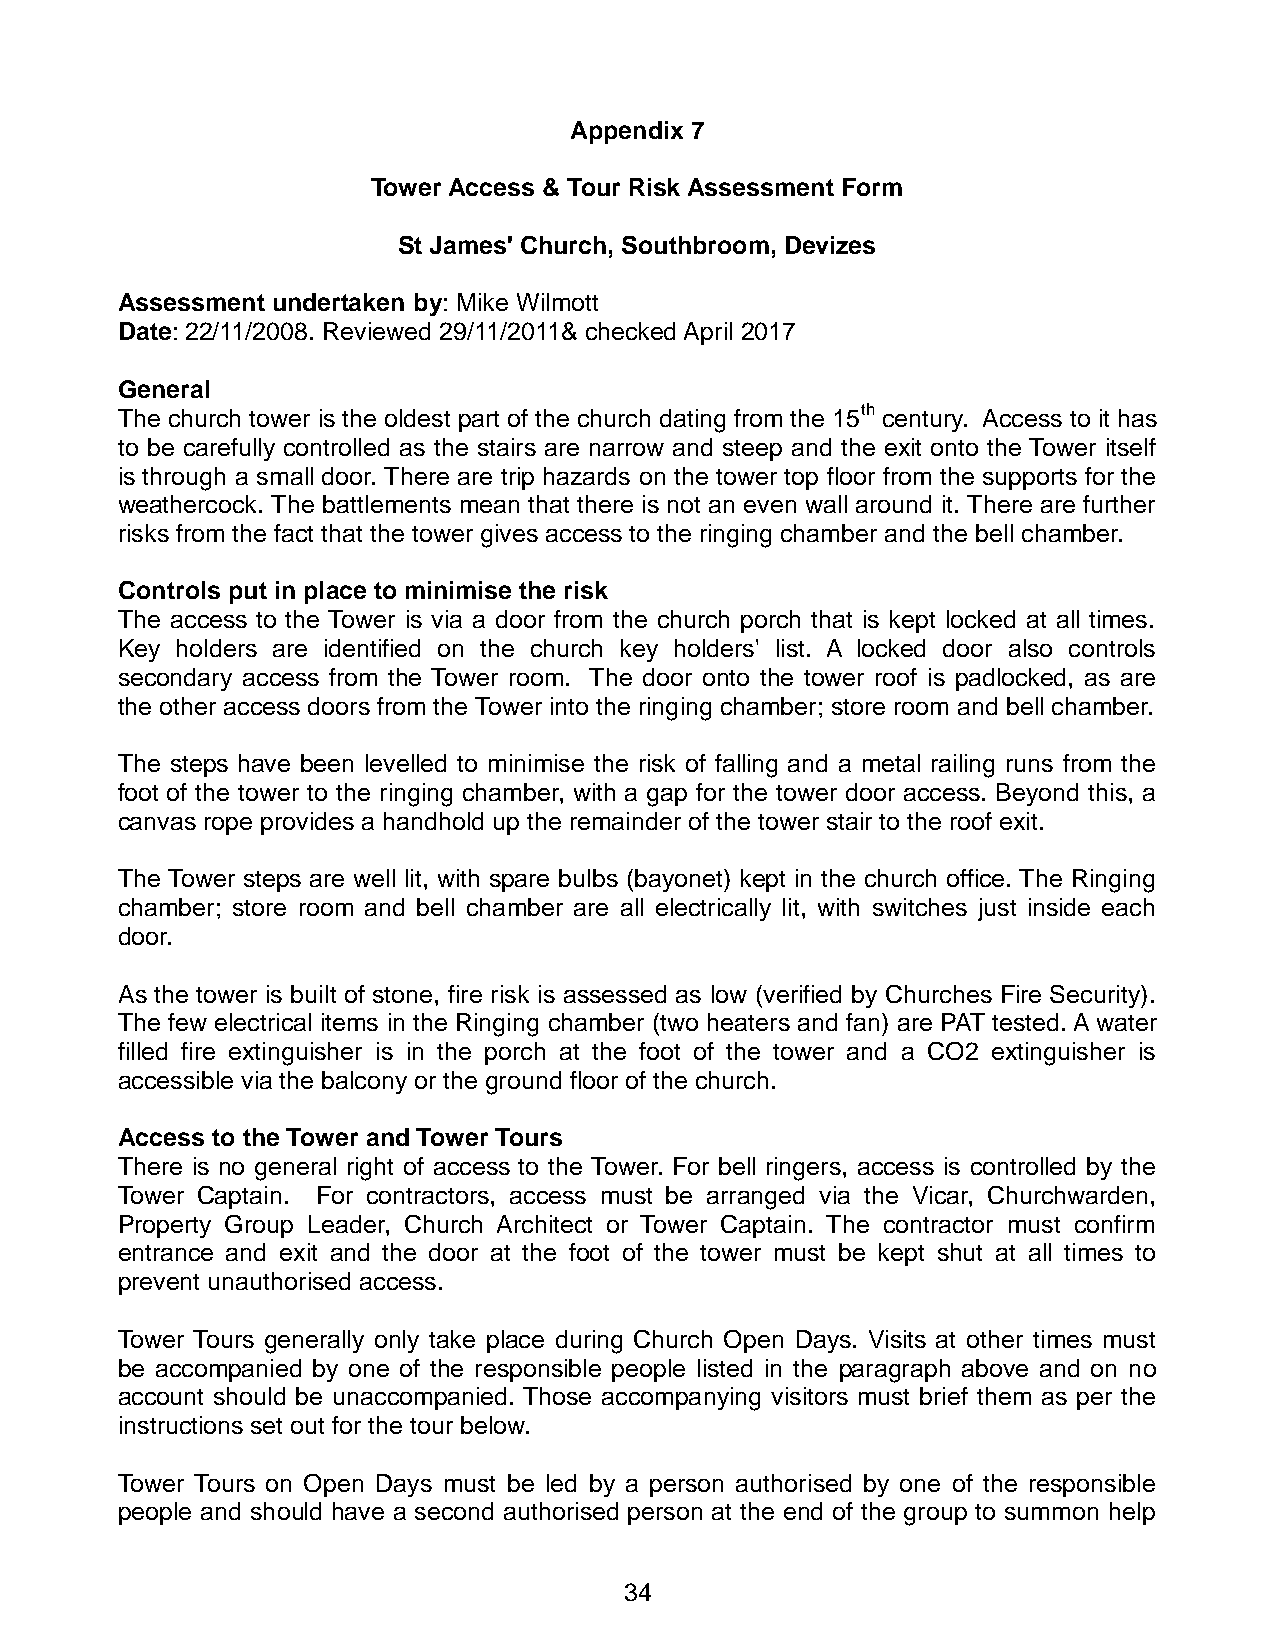
Appendix 7
 Tower Access & Tour Risk Assessment Form
 St James' Church, Southbroom, Devizes
 Assessment undertaken by: Mike Wilmott
 Date: 22/11/2008. Reviewed 29/11/2011& checked April 2017
 General
 The church tower is the oldest part of the church dating from the 15th century. Access to it has
 to be carefully controlled as the stairs are narrow and steep and the exit onto the Tower itself
 is through a small door. There are trip hazards on the tower top floor from the supports for the
 weathercock. The battlements mean that there is not an even wall around it. There are further
 risks from the fact that the tower gives access to the ringing chamber and the bell chamber.
 Controls put in place to minimise the risk
 The access to the Tower is via a door from the church porch that is kept locked at all times.
 Key holders are identified on the church key holders' list. A locked door also controls
 secondary access from the Tower room. The door onto the tower roof is padlocked, as are
 the other access doors from the Tower into the ringing chamber; store room and bell chamber.
 The steps have been levelled to minimise the risk of falling and a metal railing runs from the
 foot of the tower to the ringing chamber, with a gap for the tower door access. Beyond this, a
 canvas rope provides a handhold up the remainder of the tower stair to the roof exit.
 The Tower steps are well lit, with spare bulbs (bayonet) kept in the church office. The Ringing
 chamber; store room and bell chamber are all electrically lit, with switches just inside each
 door.
 As the tower is built of stone, fire risk is assessed as low (verified by Churches Fire Security).
 The few electrical items in the Ringing chamber (two heaters and fan) are PAT tested. A water
 filled fire extinguisher is in the porch at the foot of the tower and a CO2 extinguisher is
 accessible via the balcony or the ground floor of the church.
 Access to the Tower and Tower Tours
 There is no general right of access to the Tower. For bell ringers, access is controlled by the
 Tower Captain. For contractors, access must be arranged via the Vicar, Churchwarden,
 Property Group Leader, Church Architect or Tower Captain. The contractor must confirm
 entrance and exit and the door at the foot of the tower must be kept shut at all times to
 prevent unauthorised access.
 Tower Tours generally only take place during Church Open Days. Visits at other times must
 be accompanied by one of the responsible people listed in the paragraph above and on no
 account should be unaccompanied. Those accompanying visitors must brief them as per the
 instructions set out for the tour below.
 Tower Tours on Open Days must be led by a person authorised by one of the responsible
 people and should have a second authorised person at the end of the group to summon help
 34